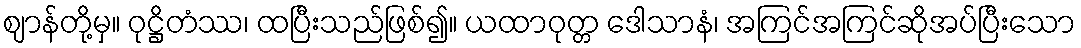
ဈာန်တို့မှ။ ဝုဋ္ဌိတံဿ၊ ထပြီးသည်ဖြစ်၍။ ယထာဝုတ္တ ဒေါသာနံ၊ အကြင်အကြင်ဆိုအပ်ပြီးသော